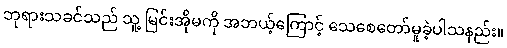
ဘုရားသခင်သည် သူ့ မြင်းအိုမကို အဘယ့်ကြောင့် သေစေတော်မူခဲ့ပါသနည်း။